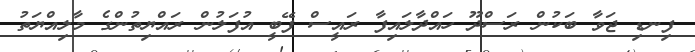
ފިނޑި ޖަވާ ބަކުން ރަސްދޫ ހައްދާލައިފާ ރައީސް ފޭބީ އުފަލުން ރައްޔިތުންގެ މާލިއްޔަތު